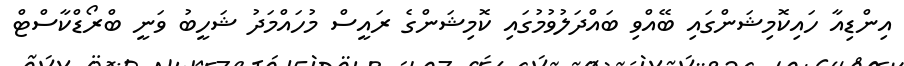
އިންޑިއާ ހައިކޮމިޝަންގައި ބޭއްވި ބައްދަލުވުމުގައި ކޮމިޝަންގެ ރައީސް މުހައްމަދު ޝަހީބު ވަނީ ބްރޯޑްކާސްޓް